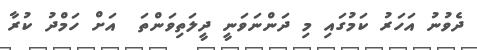
ދެވުނު އަހަރު ކަމުގައި މި ދަންނަވަނީ ދީލަތިވަންތަ  އަށް ހަމްދު ކުރާ